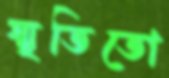
স্মৃতিতো